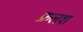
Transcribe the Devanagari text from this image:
फ्रलश